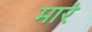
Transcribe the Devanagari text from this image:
मारं